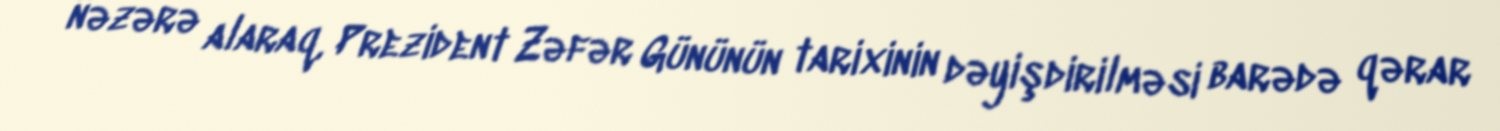
nəzərə alaraq, Prezident Zəfər Gününün tarixinin dəyişdirilməsi barədə qərar